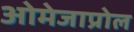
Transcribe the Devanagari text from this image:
ओमेजाप्रोल